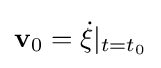
\mathbf {v} _{0}={\dot {\xi }}|_{t=t_{0}}